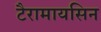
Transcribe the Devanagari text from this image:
टैरामायसिन